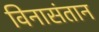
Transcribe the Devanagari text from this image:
विनासंतान